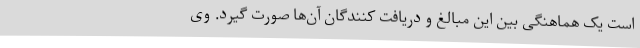
است یک هماهنگی بین این مبالغ و دریافت کنندگان آن‌ها صورت گیرد. وی